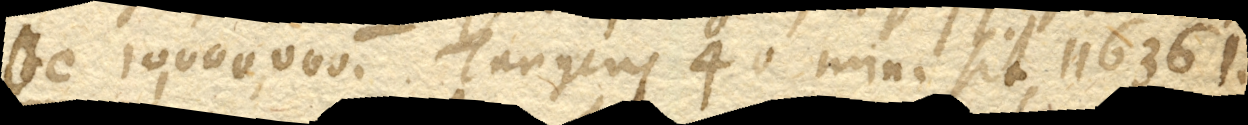
bc. 10,000,000. Tangens 40’ min. sit 116361.